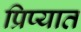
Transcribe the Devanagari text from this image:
प्रिप्यात